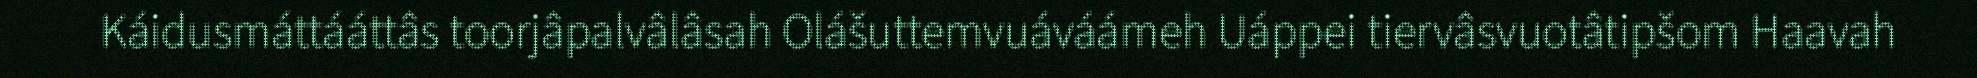
Káidusmáttááttâs toorjâpalvâlâsah Olášuttemvuáváámeh Uáppei tiervâsvuotâtipšom Haavah